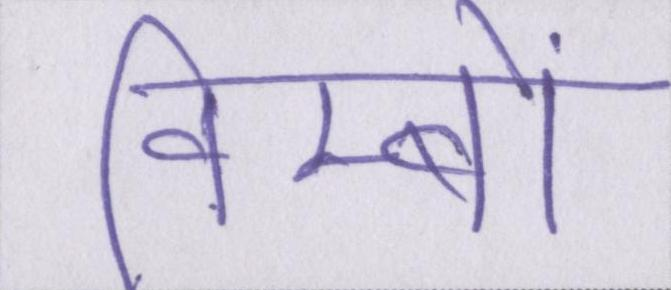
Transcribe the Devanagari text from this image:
विम्बों